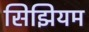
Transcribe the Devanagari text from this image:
सिझियम